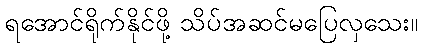
ရအောင်ရိုက်နိုင်ဖို့ သိပ်အဆင်မပြေလှသေး။